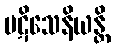
ပဋိသေနိယန္တိ